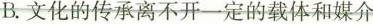
B.文化的传承离不开一定的载体和媒介